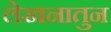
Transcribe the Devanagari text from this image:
लेखनातुन